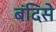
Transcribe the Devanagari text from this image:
बंदिसे